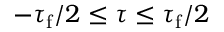
- \tau _ { \mathrm { f } } / 2 \leq \tau \leq \tau _ { \mathrm { f } } / 2